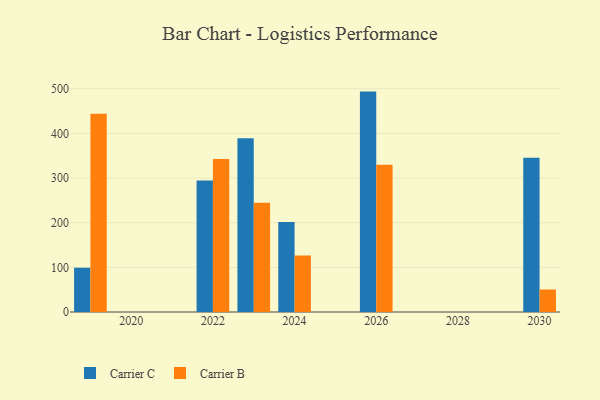
{"axis": {"x": "Year", "y": "Conversion Rate (%)"}, "legend": ["Carrier B", "Carrier C"], "data": [{"x": "2023", "y": 389.3, "type": "Carrier C"}, {"x": "2023", "y": 244.5, "type": "Carrier B"}, {"x": "2026", "y": 493.6, "type": "Carrier C"}, {"x": "2026", "y": 329.9, "type": "Carrier B"}, {"x": "2024", "y": 201.3, "type": "Carrier C"}, {"x": "2024", "y": 126.5, "type": "Carrier B"}, {"x": "2019", "y": 99.2, "type": "Carrier C"}, {"x": "2019", "y": 443.8, "type": "Carrier B"}, {"x": "2022", "y": 294.4, "type": "Carrier C"}, {"x": "2022", "y": 342.8, "type": "Carrier B"}, {"x": "2030", "y": 345.4, "type": "Carrier C"}, {"x": "2030", "y": 50.4, "type": "Carrier B"}]}